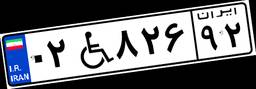
۳۳W۲۱۵۷۹